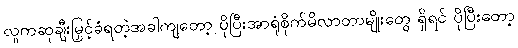
လူကဆုချီးမြှင့်ခံရတဲ့အခါကျတော့ ပိုပြီးအာရုံစိုက်မိလာတာမျိုးတွေ ရှိရင် ပိုပြီးတော့